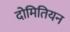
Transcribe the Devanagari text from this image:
दोमितियन